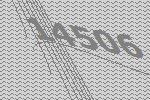
14506